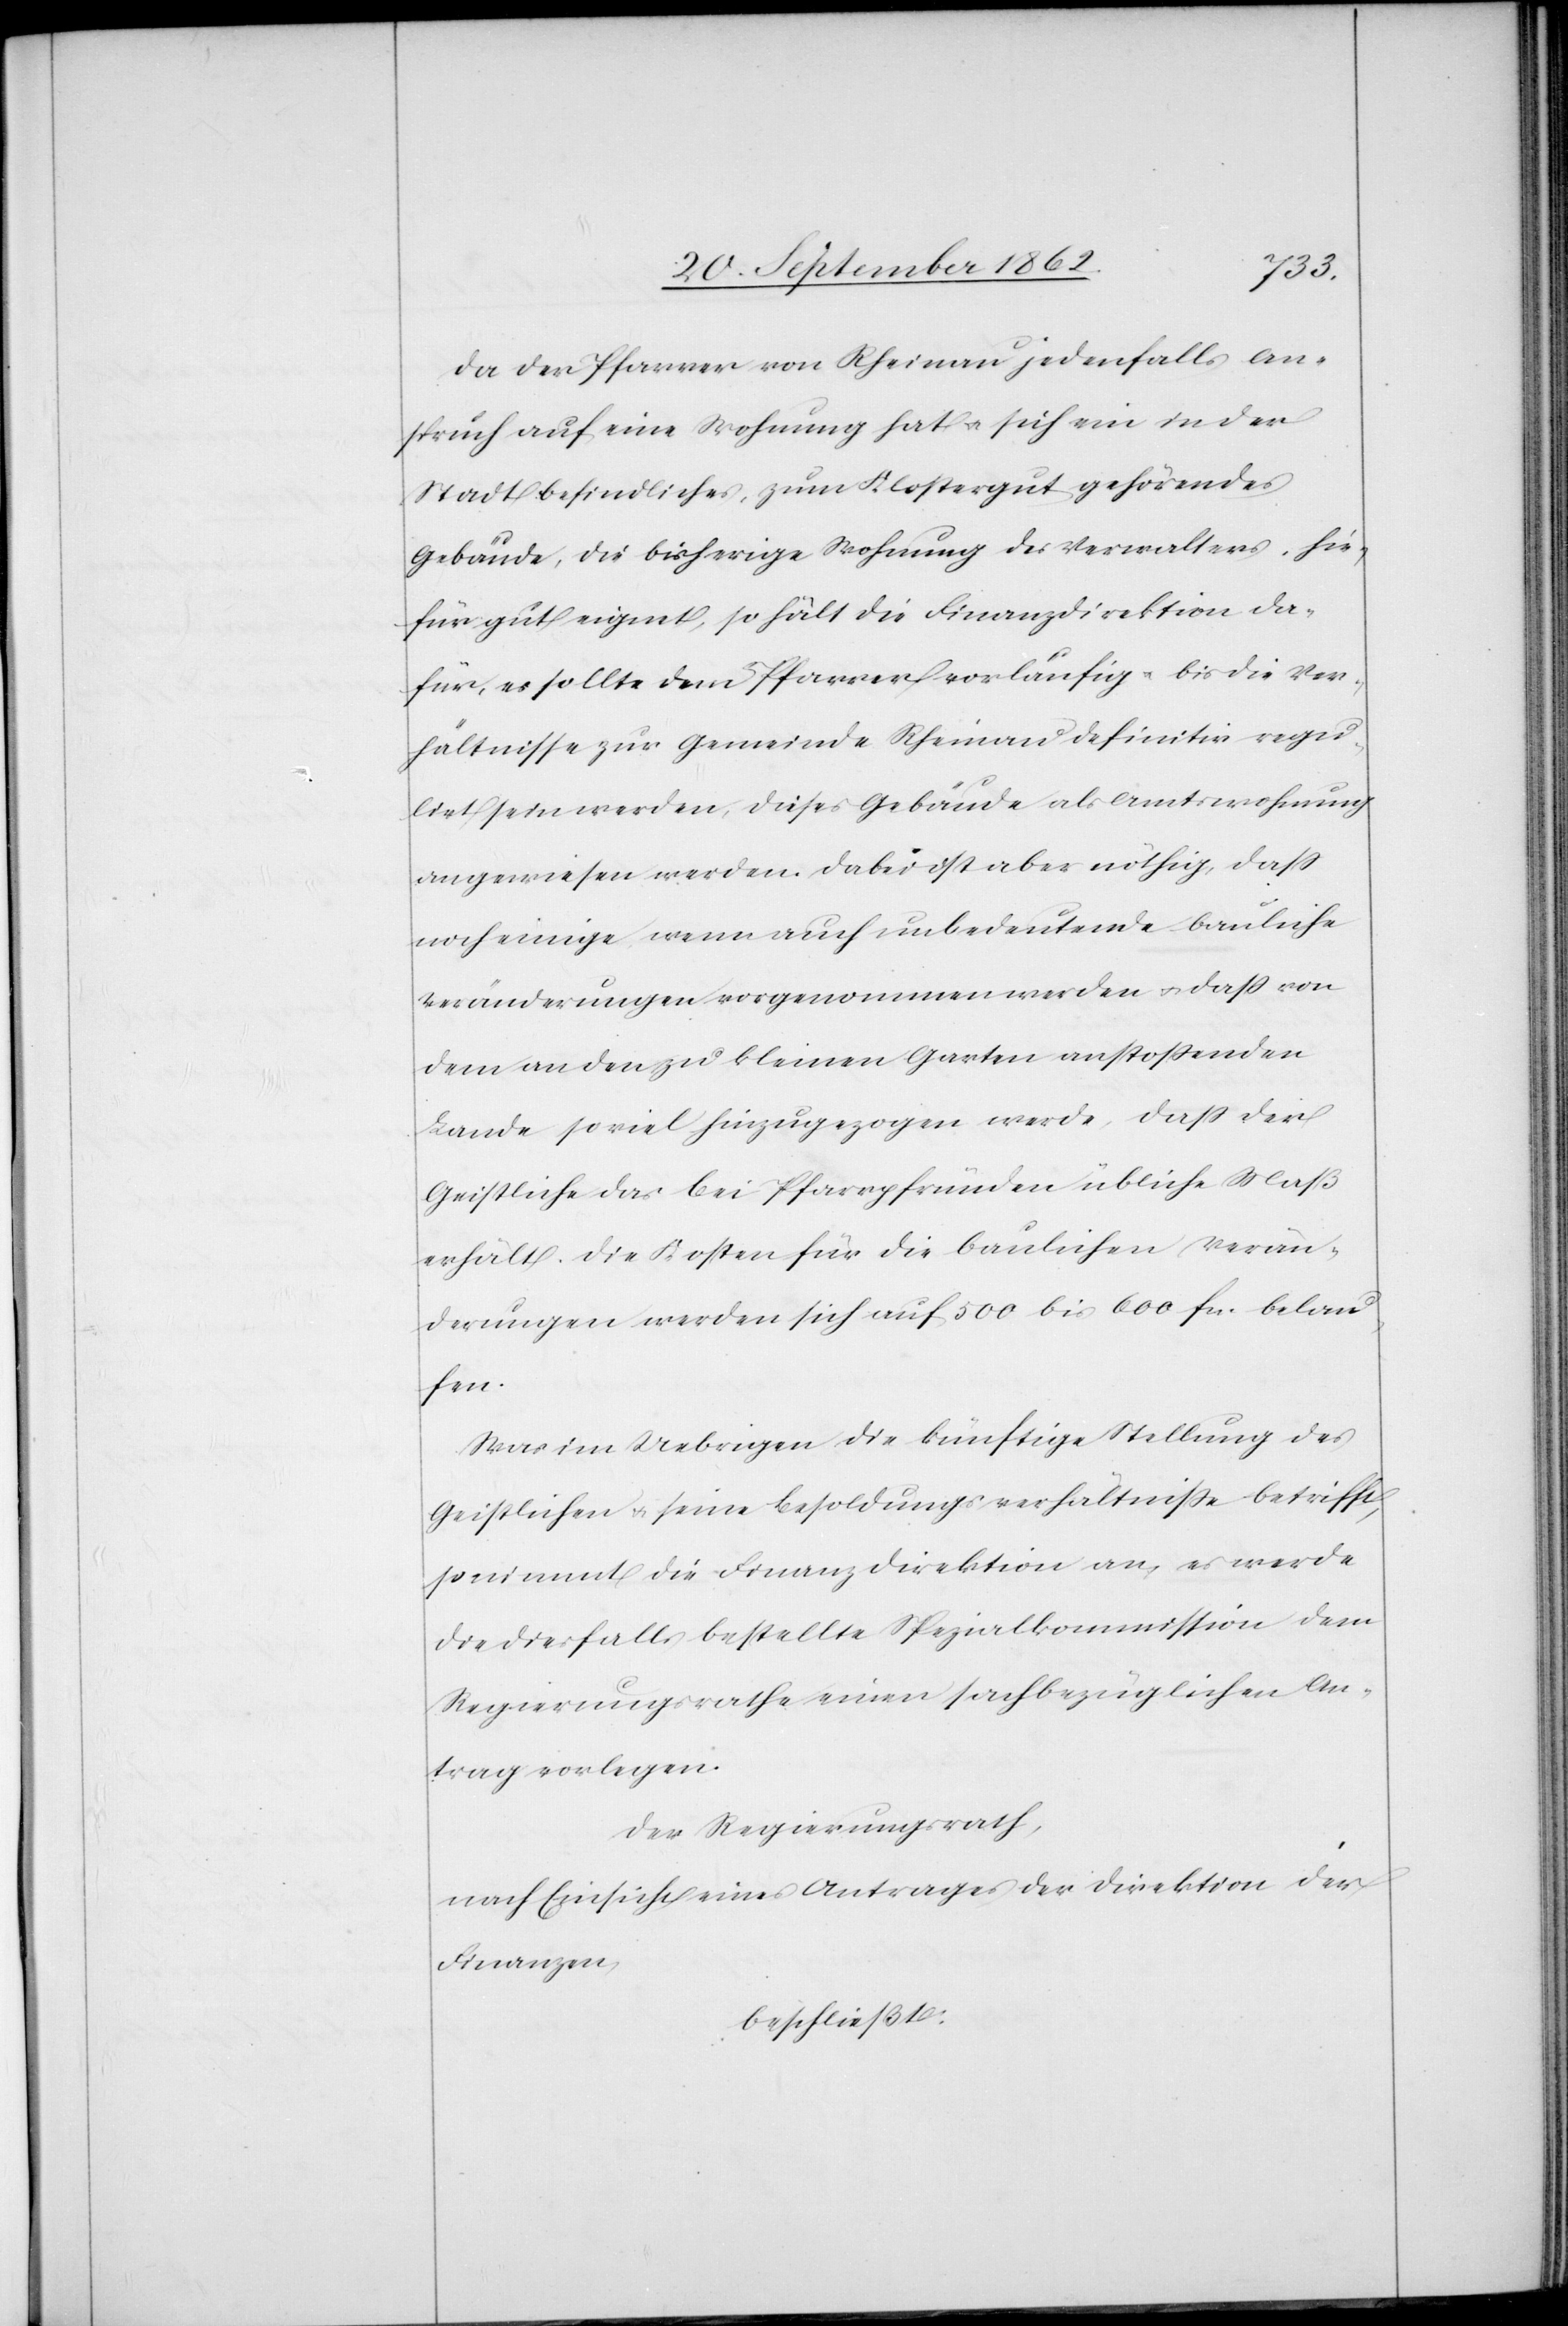
Da der Pfarrer von Rheinau jedenfalls An¬
spruch auf eine Wohnung hat u. sich ein in der
Stadt befindlicher, zum Klostergut gehörendes
Gebäude, die bisherige Wohnung des Verwalters, hie¬
für gut geeignet, so hält die Finanzdirektion da¬
für, es sollte dem Pfarrer vorläufig u. bis die Ver¬
hältnisse zur Gemeinde Rheinau definitiv regu¬
lirt sein werden, dieses Gebäude als Amtswohnung
angewiesen werden. Dabei ist aber nöthig, daß
noch einige, wenn auch unbedeutende bauliche
Veränderungen vorgenommen werden u. daß von
dem an den zu kleinen Garten anstoßenden
Lande so viel hinzugezogen werde, daß der
Geistliche das bei Pfarrpfründen übliche Maß
erhält. Die Kosten für die baulichen Verän¬
derungen werden sich auf 500 bis 600 fcs. belau¬
fen.
Was im Uebrigen die künftige Stellung des
Geistlichen u. seine Besoldungsverhältniße betrifft,
so nimmt die Finanzdirektion an, es werde
die diesfalls bestellte Spezialkommission dem
Regierungsrathe einen sachbezüglichen An¬
trag vorlegen.
Der Regierungsrath,
nach Einsicht eines Antrages der Direktion der
Finanzen,
beschließt: